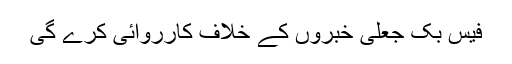
فیس بک جعلی خبروں کے خلاف کارروائی کرے گی